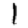
Digit: 1